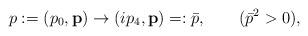
LaTeX: \begin{align*}p:=(p_{0},{\bf p}) \rightarrow (ip_{4},{\bf p})=:\bar{p}, \qquad (\bar{p}^{2}>0) , \end{align*}